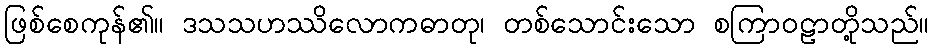
ဖြစ်စေကုန်၏။ ဒသသဟဿိလောကဓာတု၊ တစ်သောင်းသော စကြာဝဠာတို့သည်။